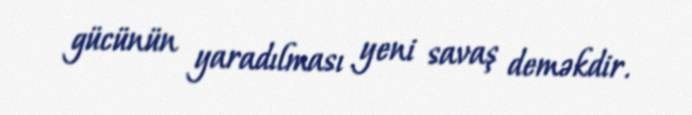
gücünün yaradılması yeni savaş deməkdir.